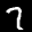
Label: 7